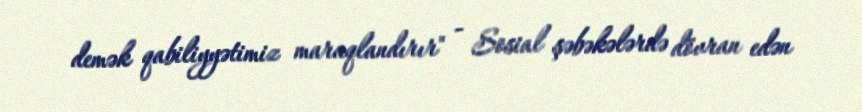
demək qabiliyyətimiz maraqlandırır" - Sosial şəbəkələrdə dövran edən